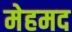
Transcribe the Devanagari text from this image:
मेहमद